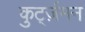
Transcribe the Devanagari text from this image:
कुर्ट्ज़मन